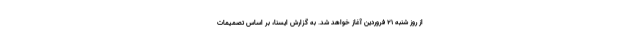
از روز شنبه ۲۱ فروردین آغاز خواهد شد. به گزارش ایسنا، بر اساس تصمیمات